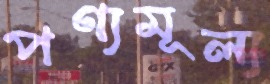
পণ্যমূল্য